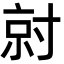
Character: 𡬱